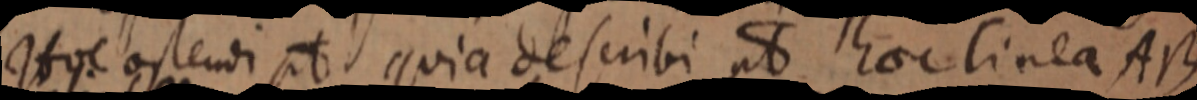
Hoc ostendi pt quia describi ut hoc linea AB